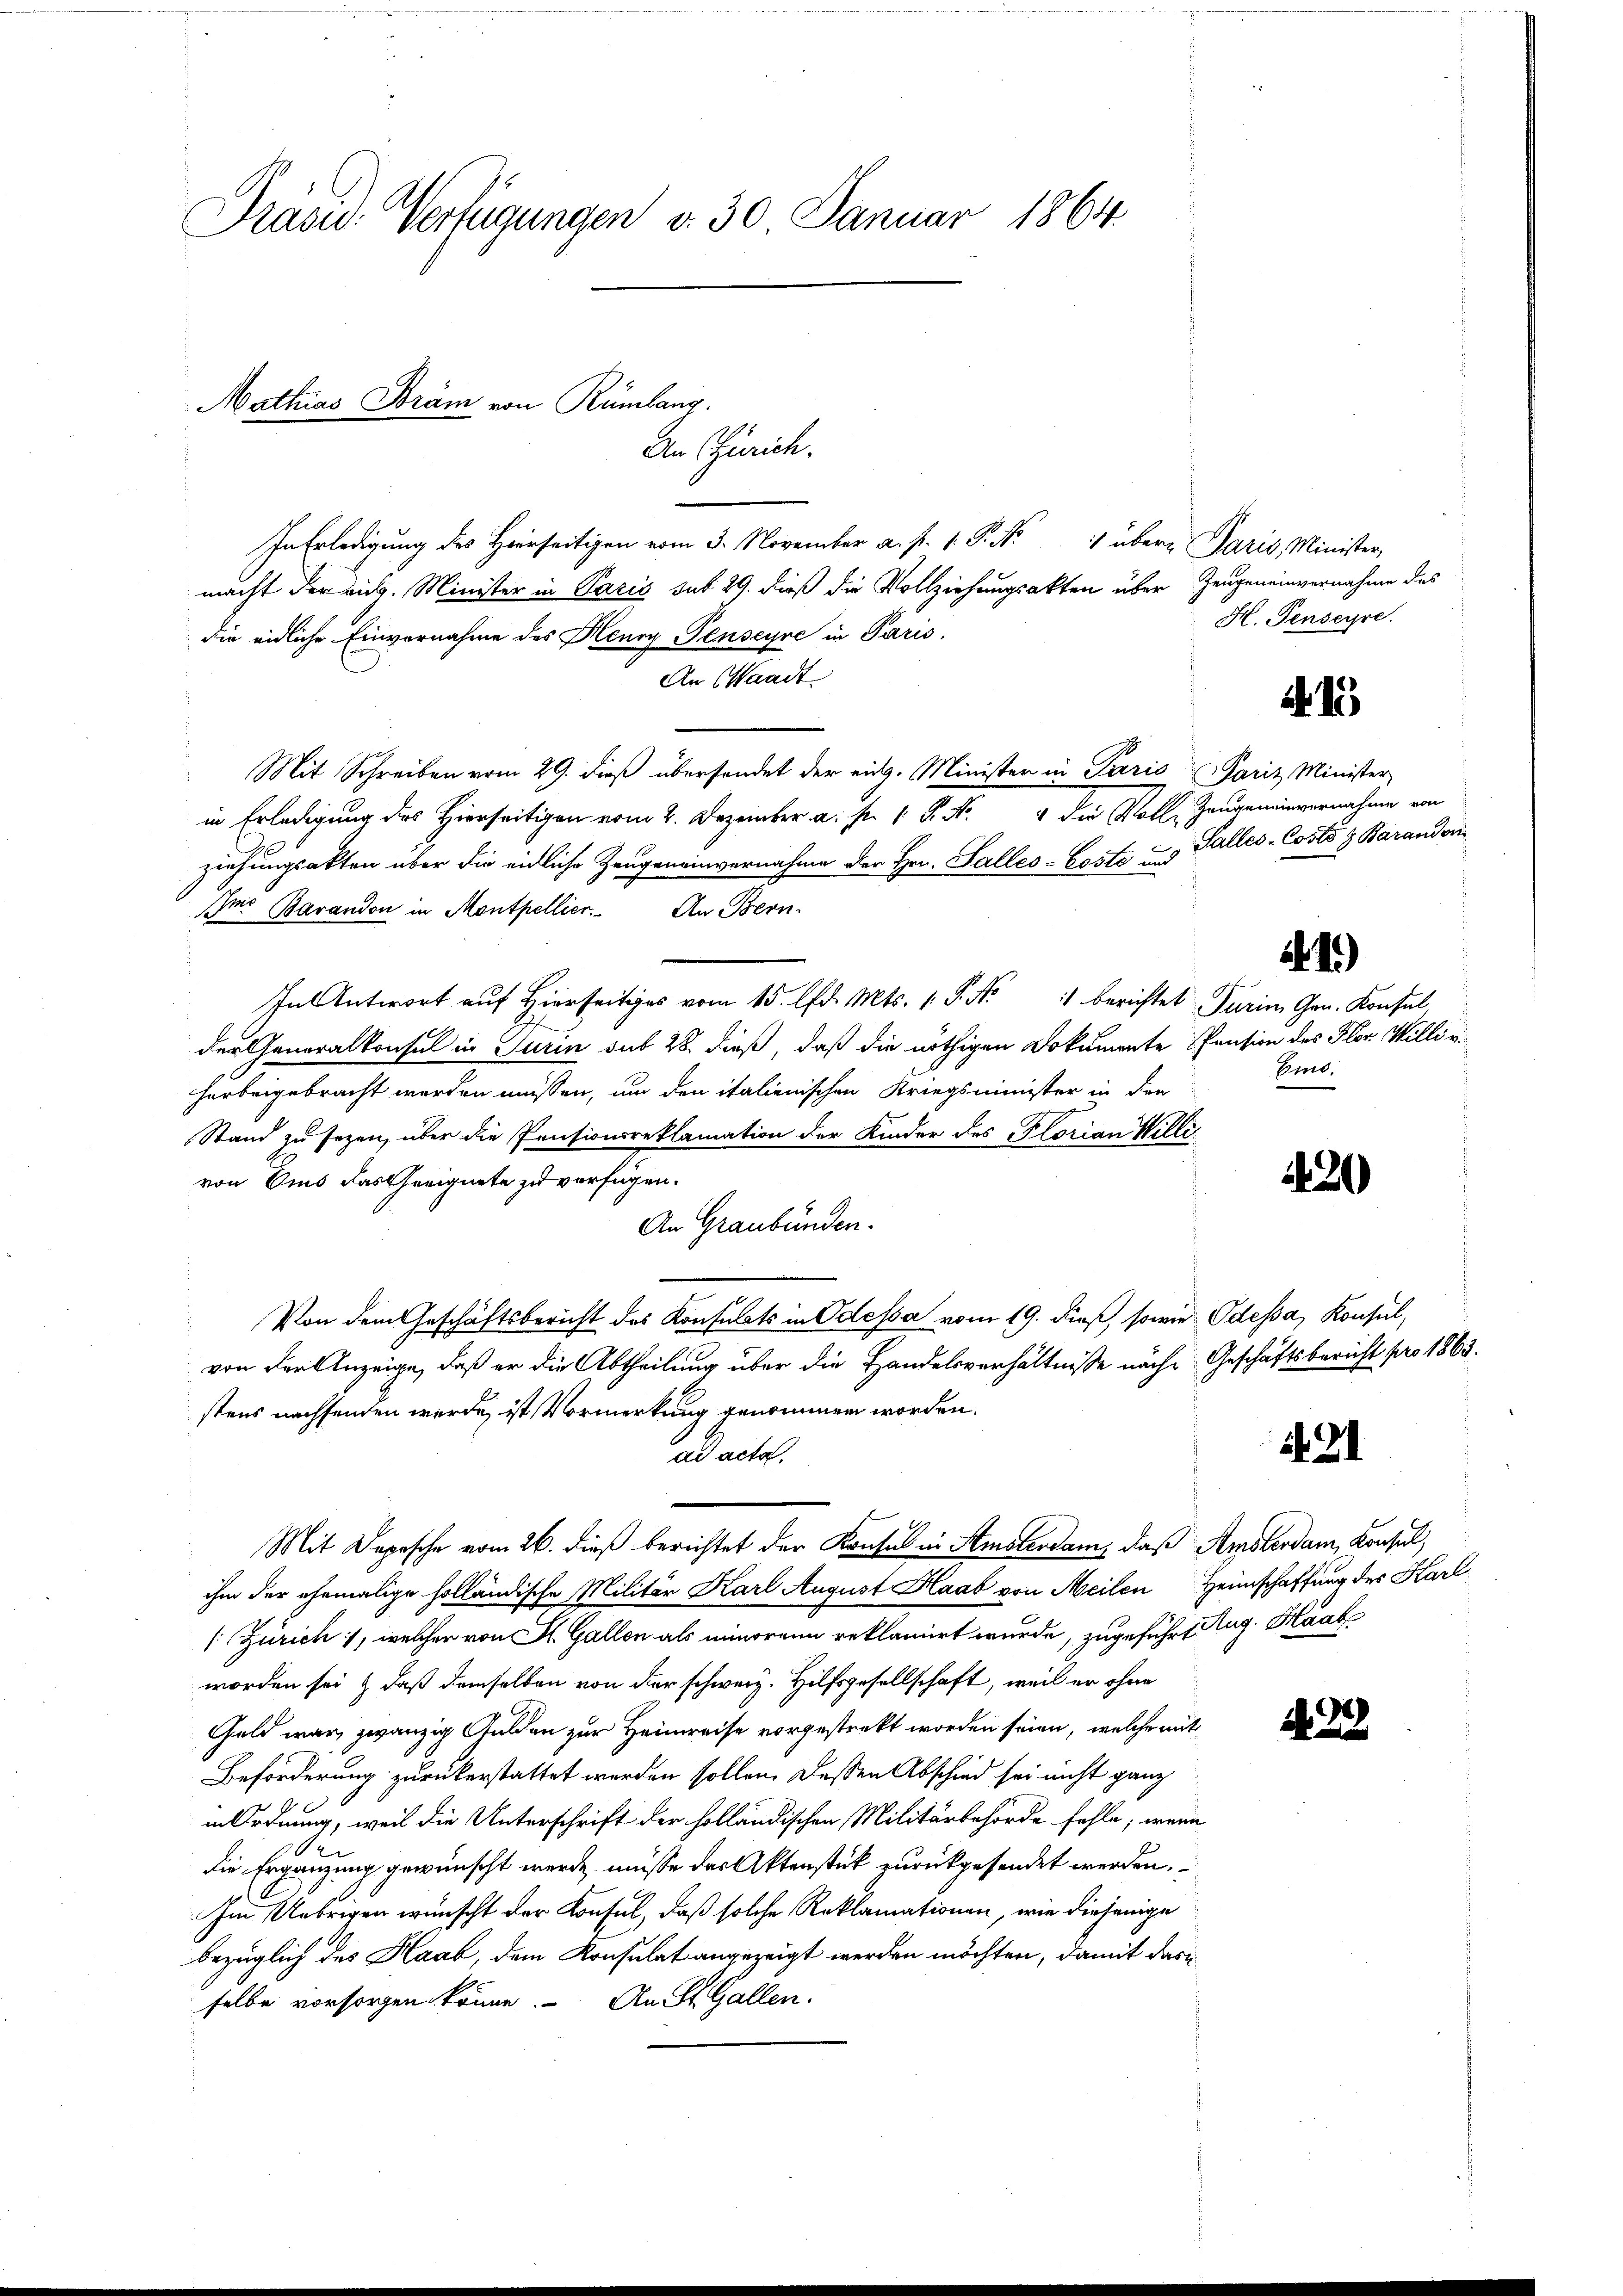
Präsid. Verfügungen d. 30 Januar 1864.

In Erledigung des Herrseitigen vom 3. November a. p. 1. P. Nr. 1 über Paris, Minister,
macht der aus. Minister in Paris sub 29. dieß die Vollziehungsakten über Zeugeneinvernahme des
die eidliche Einvernahme des Henry Jenseyre in Paris.
An Waadt
Mit Schreiben vom 29. dieß übersendet der eidg. Minister in Paris Pariz Minister
in Erledigung des Hierseitigen vom 2. Dezember a. p. 1 P. Nr. 4 die Voll-Zeugeneinvernahme von
ziehungsakten über die eidliche Zeugeneinvernahme der Hrn. Salles-Baits und Galles-Costo z Barandonn
Im: Barandon in Montpellier. An Bern.
In Antwort auf hierseits vom 15. d. Mts. 1. P. Nr. 1 berichtet Turin Gen. Konsul
der Generalkonsul in Turin sub 28. dieß, daß die nöthigen Dokumente Pension des Flor Willi v.
herbeigebracht worden müssen, um den italienischen Kriegsminister in den
Stand zu sezen, über die Pensionsreklamation der Kinder des Plorian Willi
von Eins das Geeignete zu verfügen.
An Graubünden.
Von dem Geschäftsbericht des Konsulats in Odessa vom 19. dieß, sowie Odessa, Konsul,
von den Anzeige, daß er die Abtheilung über die Handelsverhältnisse näche Geschäftsbericht pro 1865.
stens nachsenden werde, ist Vormerkung genommen worden.
231.
ad acta.
Mit Depesche vom 26. dieß berichtet der Konsul in Amstendam, daß Amsterdam, Konsul
ihm der ehemalige holländische Militär Karl August Haab von Meilen Heimschaffung des Karl
[ Zürich, welcher von St. Gallen als minorene reklamiert wurde, zugeführt Aug. Haab
worden sei & daß demselben von der schweiz. Hilfsgesellschaft, weil er ohne
Geld war, zwanzig Gulden zur Heimreise vorgesteckt worden seien, welche mit
 2
Beförderung zurückerstattet werden sollen. Dassen Abschied sei nicht ganz
in Ordnung, weil die Unterschrift der holländischen Militärbehörde fehle; wenn
die Ergänzung gewünscht werde, müsse des Aktenstück zurückgesendet werden,
Im Uebrigen wünscht der Konsul, daß solche Reklamationen, wie diejenige
bezüglich des Haab, dem Konsulat angezeigt werden möchten, damit daru
selbe vorsorgen könne. An St. Gallen.

Mathias Bräm von Rümlang,
An Zürich.

H. Fenseyre.

A 15

21.)

Ein.

420